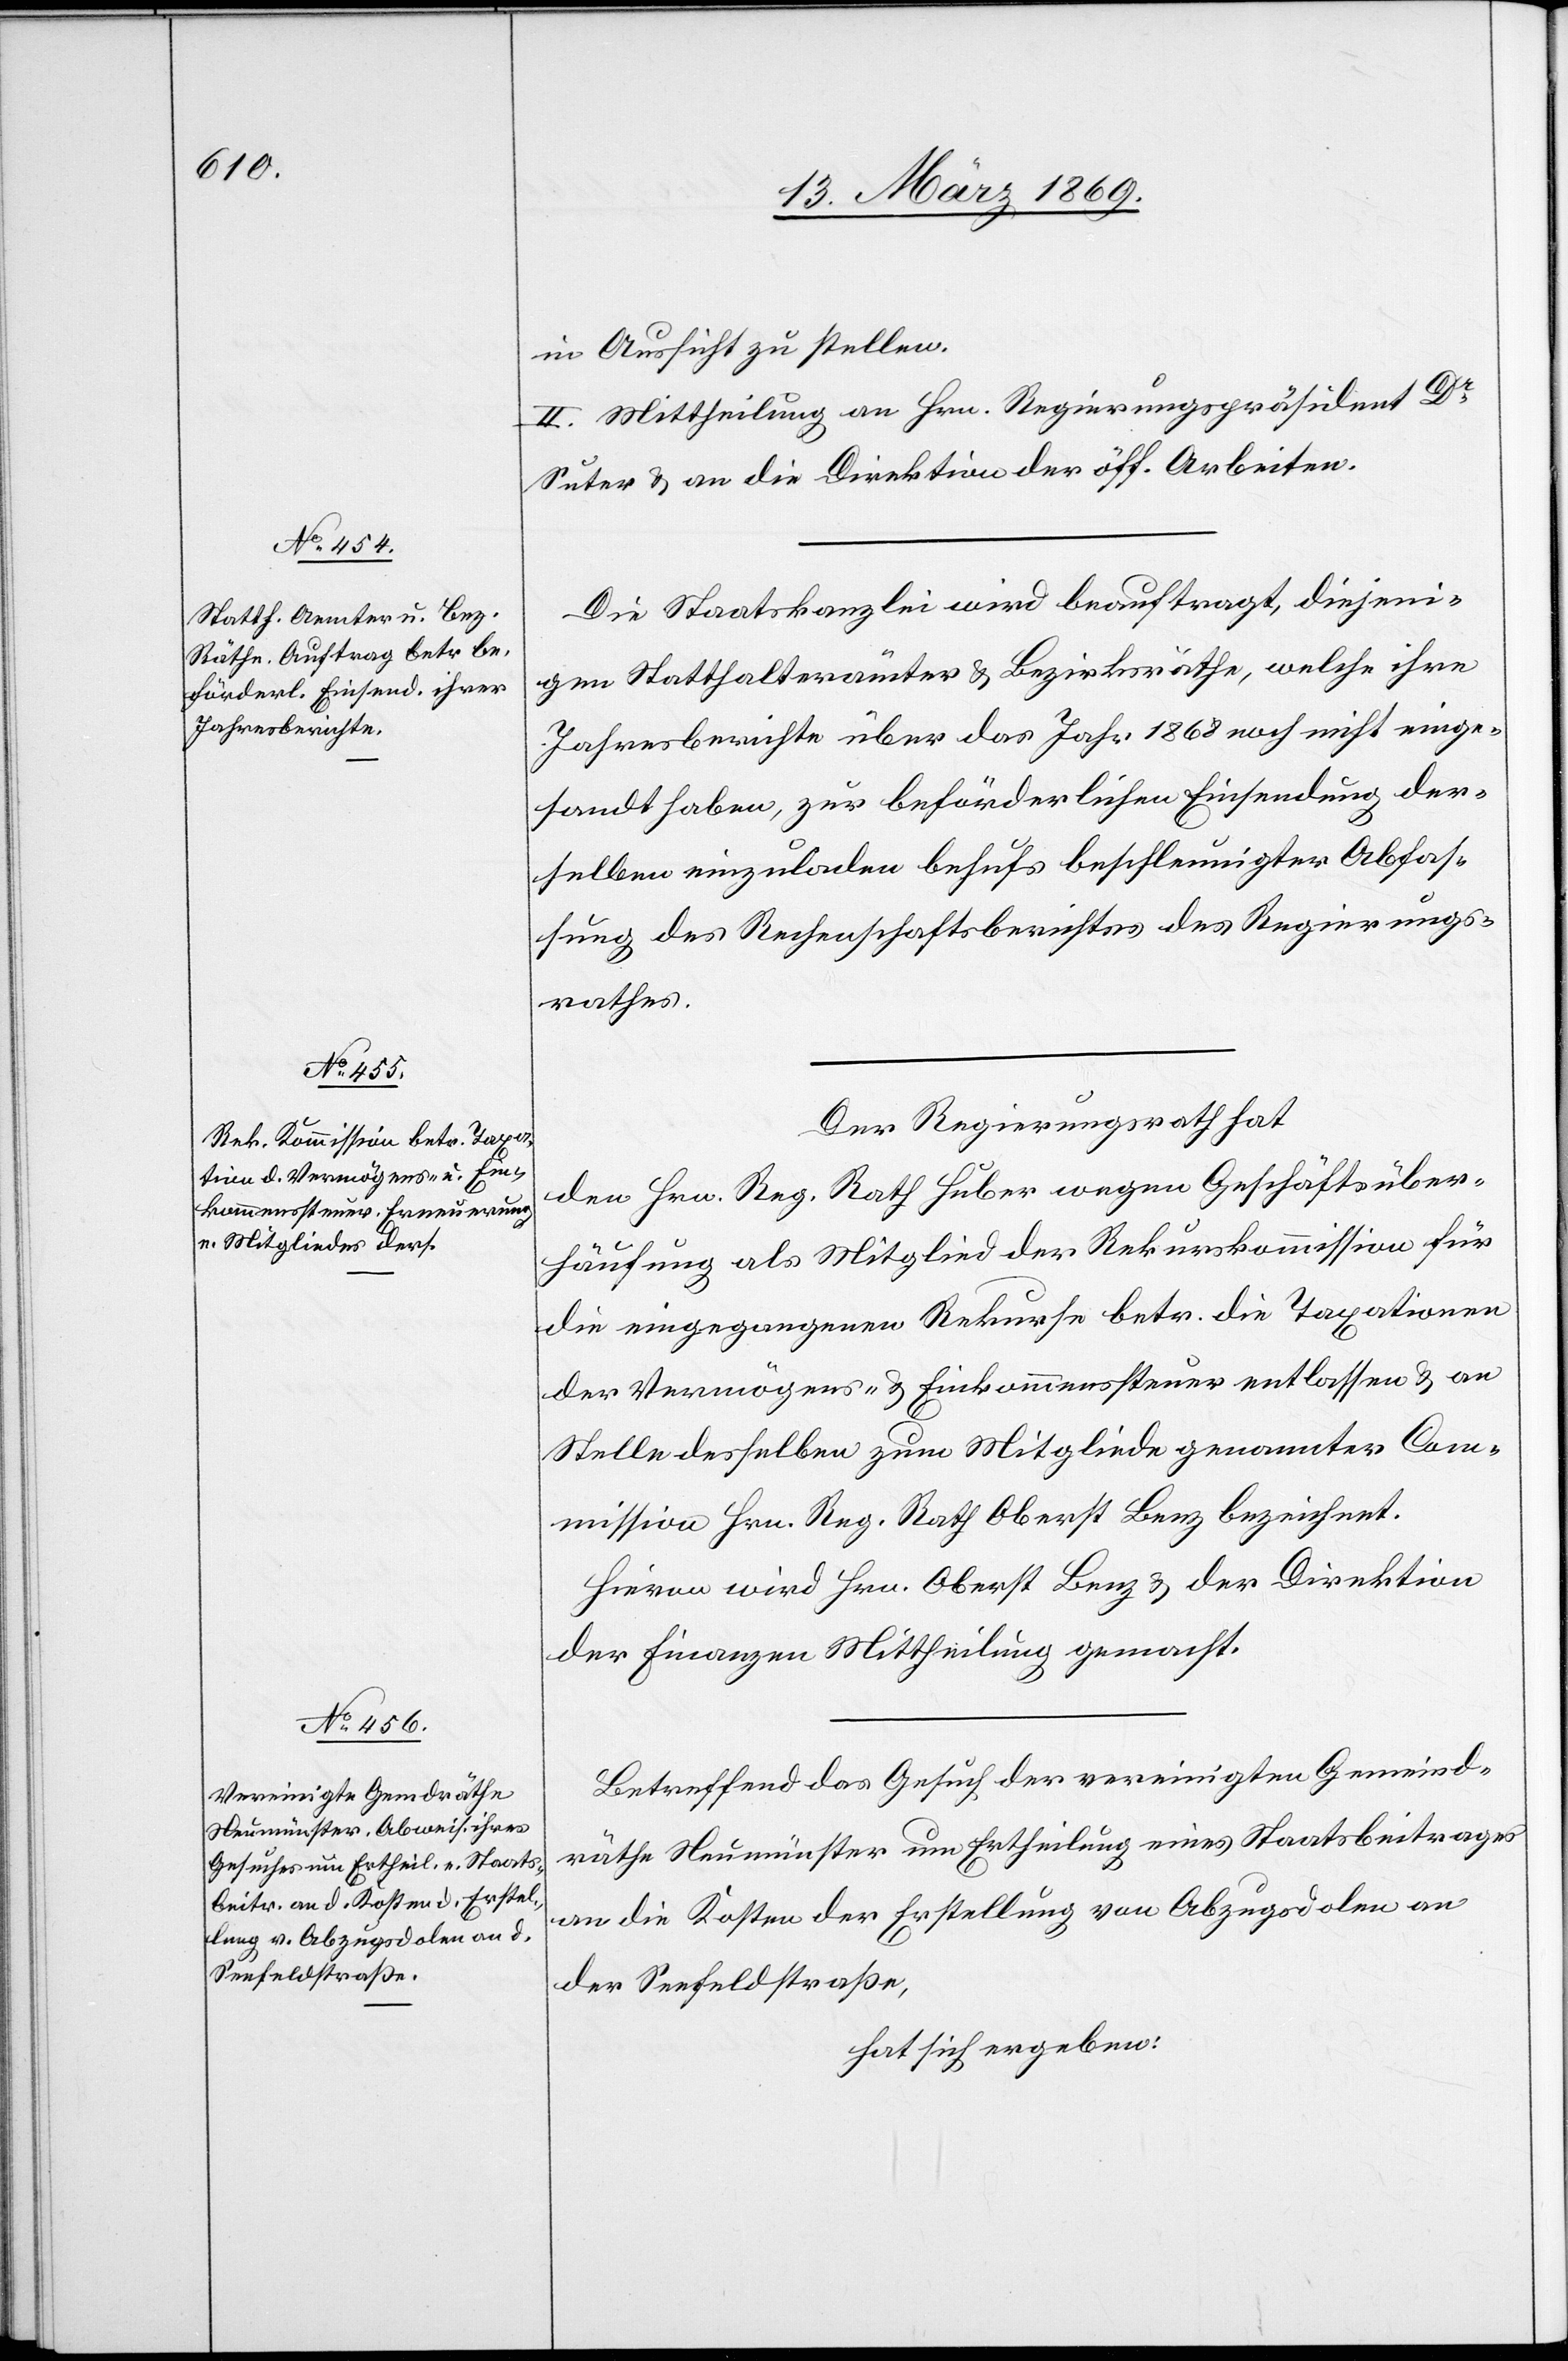
in Aussicht zu stellen.
II. Mittheilung an Hrn. Regierungspräsident Dr
Suter & an die Direktion der öff. Arbeiten.
Die Staatskanzlei wird beauftragt, diejeni¬
gen Statthalterämter & Bezirksräthe, welche ihre
Jahresberichte über das Jahr 1868 noch nicht einge¬
sandt haben, zur beförderlichen Einsendung der¬
selben einzuladen behufs beschleunigter Abfas¬
sung des Rechenschaftsberichtes des Regierungs¬
rathes.
Der Regierungsrath hat
den Hrn. Reg. Rath Huber wegen Geschäftsüber¬
häufung als Mitglied der Rekurskommission für
die eingegangenen Rekurse betr. die Taxationen
der Vermögens- & Einkommenssteuer entlassen & an
Stelle desselben zum Mitgliede genannter Com¬
mission Hrn. Reg. Rath Oberst Benz bezeichnet.
Hievon wird Hrn. Oberst Benz & der Direktion
der Finanzen Mittheilung gemacht.
Betreffend das Gesuch der vereinigten Gemeind¬
räthe Neumünster um Ertheilung eines Staatsbeitrages
an die Kosten der Erstellung von Abzugsdolen an
der Seefeldstraße,
hat sich ergeben: